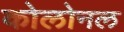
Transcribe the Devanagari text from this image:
कोलोनल